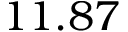
1 1 . 8 7